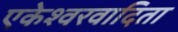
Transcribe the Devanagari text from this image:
एकेश्वरवादिता